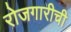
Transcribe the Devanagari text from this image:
रोजगारीची